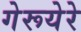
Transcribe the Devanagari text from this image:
गेरूयेरे